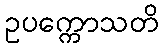
ဥပက္ကောသတိ